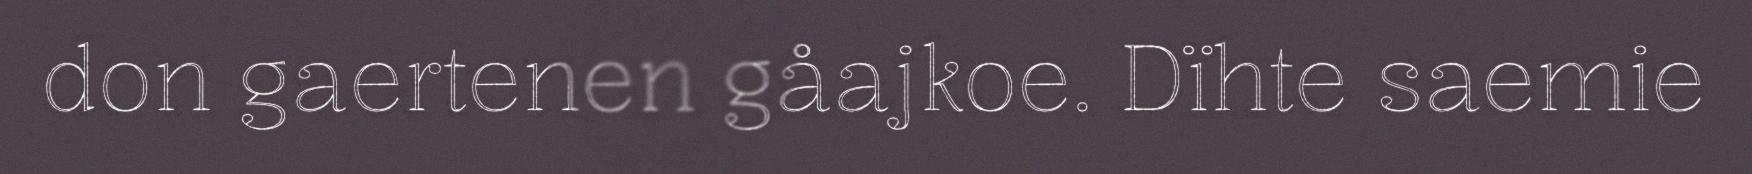
don gaertenen gåajkoe. Dïhte saemie